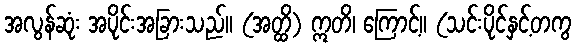
အလွန်ဆုံး အပိုင်းအခြားသည်။ (အတ္ထိ) ဣတိ၊ ကြောင့်။ (သင်းပိုင်နှင့်တကွ